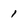
Character: 1